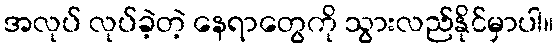
အလုပ် လုပ်ခဲ့တဲ့ နေရာတွေကို သွားလည်နိုင်မှာပါ။